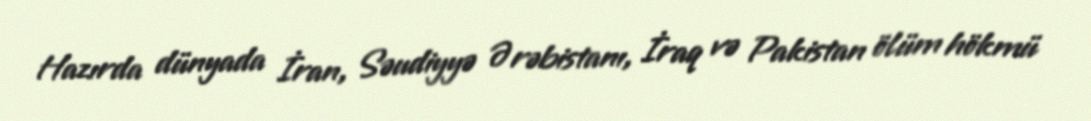
Hazırda dünyada İran, Səudiyyə Ərəbistanı, İraq və Pakistan ölüm hökmü